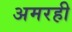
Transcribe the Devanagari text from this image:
अमरही